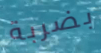
بضربة